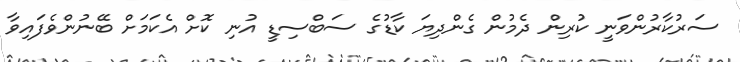
ސަރުކާރުންވަނީ ކުރިން ދެމުން ގެންދިޔަ ކާޑުގެ ސަބްސިޑީ އުނި ކޮށް އެކަމަށް ބޭނުންވެފައިވާ